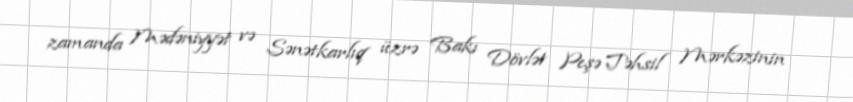
zamanda Mədəniyyət və Sənətkarlıq üzrə Bakı Dövlət Peşə Təhsil Mərkəzinin